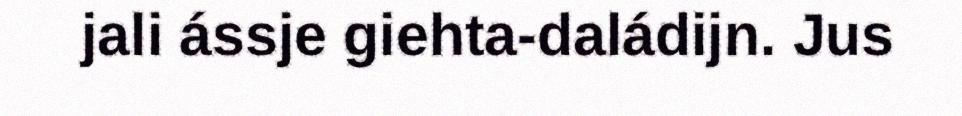
jali ássje giehta-daládijn. Jus